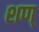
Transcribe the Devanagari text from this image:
शण्